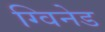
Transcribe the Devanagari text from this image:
ग्विनेड